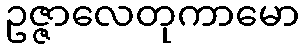
ဥဇ္ဇာလေတုကာမော